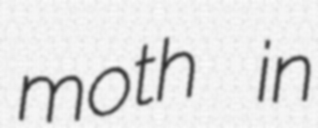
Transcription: moth in